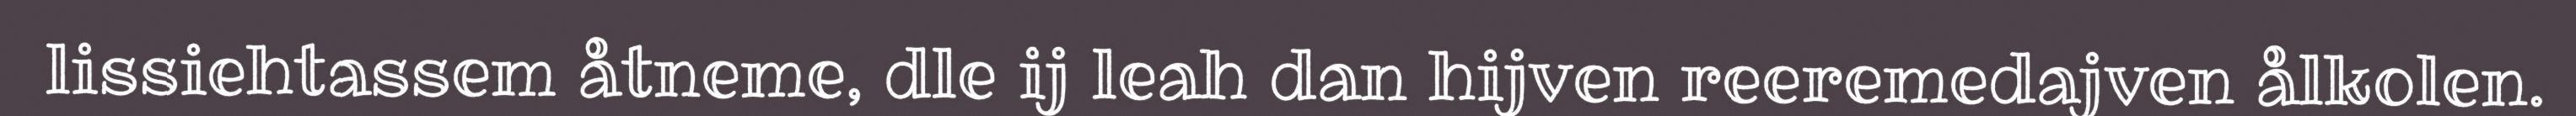
lissiehtassem åtneme, dle ij leah dan hijven reeremedajven ålkolen.